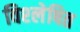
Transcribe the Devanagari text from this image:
विश्‍लेषित